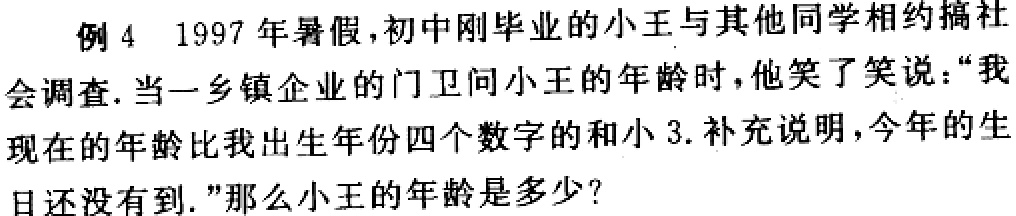
例4 1997 年暑假，初中刚毕业的小王与其他同学相约搞社
会调查. 当一乡镇企业的门卫问小王的年龄时，他笑了笑说：“我
现在的年龄比我出生年份四个数字的和小 3. 补充说明，今年的生
日还没有到.”那么小王的年龄是多少？